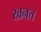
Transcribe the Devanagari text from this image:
खनत